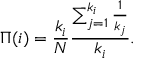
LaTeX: \Pi ( i ) = { \frac { k _ { i } } { N } } { \frac { \sum _ { j = 1 } ^ { k _ { i } } { \frac { 1 } { k _ { j } } } } { k _ { i } } } .